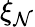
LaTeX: \xi_{\mathcal{N}}